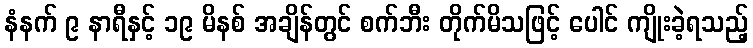
နံနက် ၉ နာရီနှင့် ၁၉ မိနစ် အချိန်တွင် စက်ဘီး တိုက်မိသဖြင့် ပေါင် ကျိုးခဲ့ရသည့်